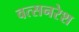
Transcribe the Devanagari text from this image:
वत्सनरेश